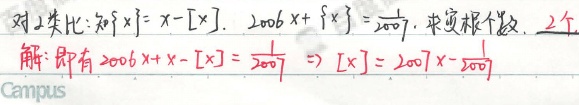
对2.类比：记\(\{x\}=x - [x]\)。\(2006x+\{x\}=\frac{2007}{2007}\)，求实根个数。\(2\)个。

解：即有\(2006x + x - [x]=\frac{1}{2007}\Rightarrow [x]=2007x-\frac{1}{2007}\)。